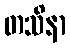
တသိနာ